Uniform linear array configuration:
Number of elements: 4
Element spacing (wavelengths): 0.5
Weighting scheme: hamming
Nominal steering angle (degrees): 15
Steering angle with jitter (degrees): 14.931
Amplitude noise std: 0.05
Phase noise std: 0.05

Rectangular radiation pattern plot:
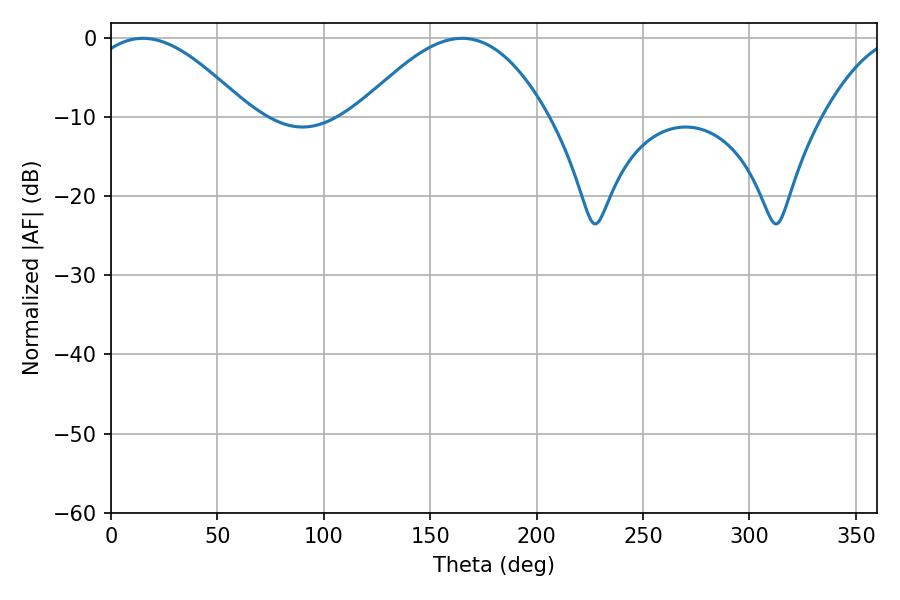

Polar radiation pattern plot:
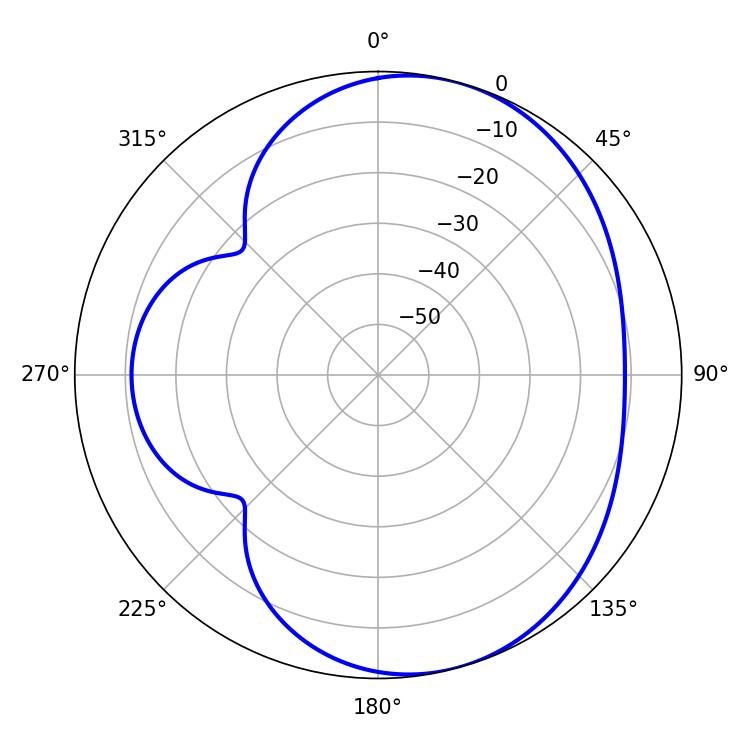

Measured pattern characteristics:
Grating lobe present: FALSE
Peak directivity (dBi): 5.779
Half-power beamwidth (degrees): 40.86
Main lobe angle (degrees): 15.12